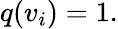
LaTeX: q(v_{i})=1.